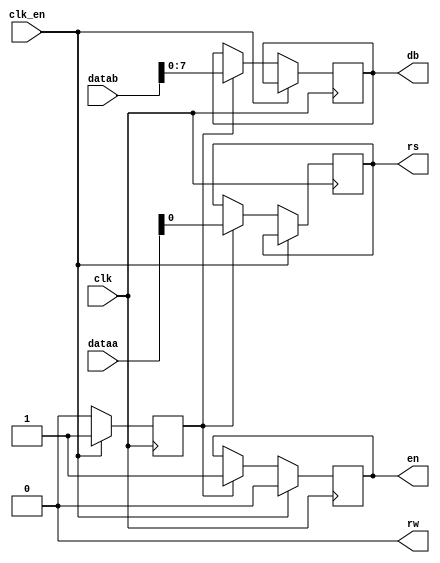
module lcd(
	input clk,							//Entrada do clock da fpga
	input clk_en,						//Clock enable vai ser chamado quando a funo customizada for chamada
	input [31:0] dataa,				//Dataa
	input [31:0] datab,				//Datab
	
	output     rw,						//Read(1) e Write(0)
	output reg en,						//Enable 
	output reg rs,						//Seleo - Comando(0) e Dado(1)
	output reg [7:0] db
);
	
	assign rw = 1'b0;	
	reg    st = 1'b0;
	
	always @(posedge clk) begin	// A cada subida de clock
		if(clk_en) begin				// Quando a instruo customizada for chamada, o clk_en  acionado
			en <= 1'b0; 				
			st <= 1'b1;
		end else if(st) begin		// Executa ciclo de clock aps a instruo ter sido chamada
			en <= 1'b1;
			st <= 1'b0;
			rs <= dataa[0];
			db <= datab[7:0];
		end
	end
	
endmodule